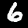
Label: 6